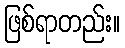
ဖြစ်ရာတည်း။